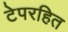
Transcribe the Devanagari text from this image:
टेपरहित